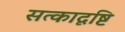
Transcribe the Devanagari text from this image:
सत्कादृष्टि